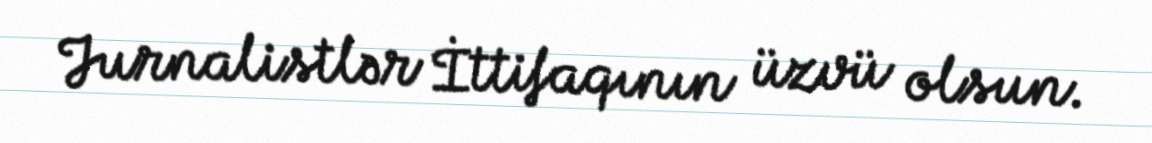
Jurnalistlər İttifaqının üzvü olsun.